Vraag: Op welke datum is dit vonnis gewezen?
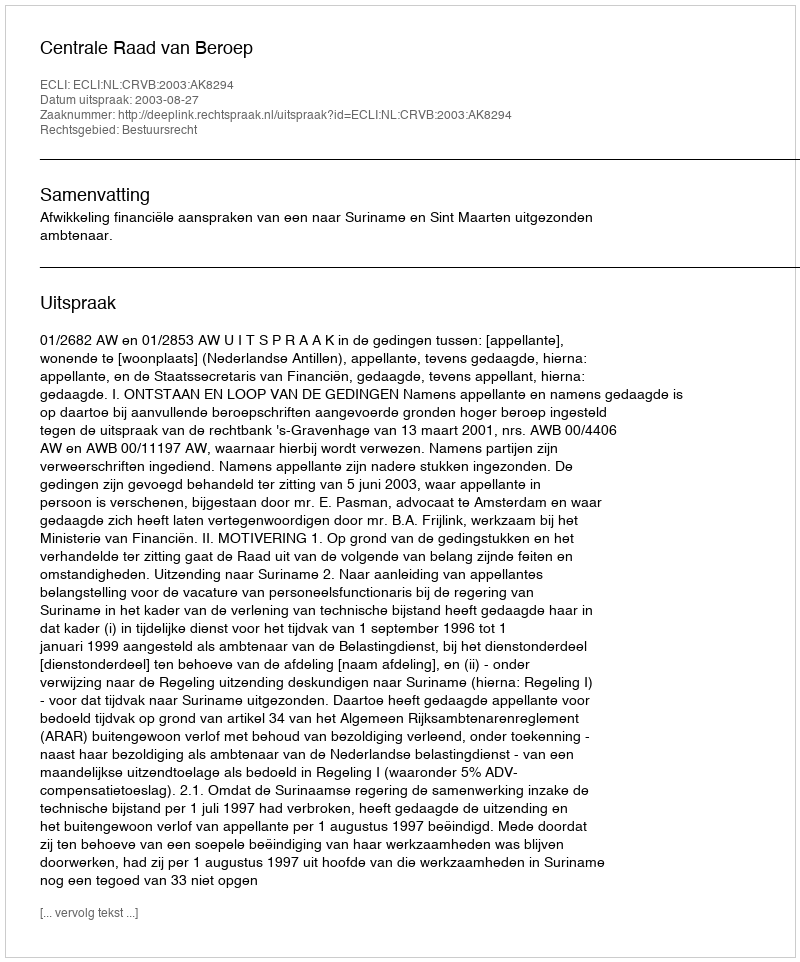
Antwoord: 2003-08-27